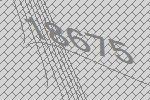
18675